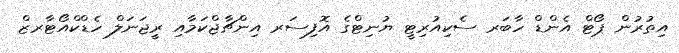
އިތުރުން ޕޯޓް އެންޑް ހާބަރ ސެކިއުރިޓީ ޔުނިޓްގެ އޮފިސަރ އިންޗާޖްކަމާއި ރީޖަނަލް ހެޑްކްއޯޓާރޒް